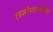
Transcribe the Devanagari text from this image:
राजोपाध्येंच्या